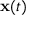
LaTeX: \mathbf { x } ( t )